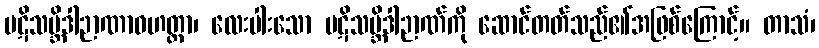
ပဋိသမ္ဘိဒါဉာဏာဝဟတ္တာ၊ လေးပါးသော ပဋိသမ္ဘိဒါဉာဏ်ကို ဆောင်တတ်သည်၏အဖြစ်ကြောင့်။ တာသံ၊